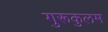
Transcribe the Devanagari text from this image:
गुरूकुलम